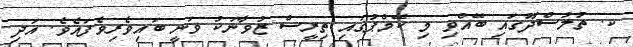
ކ. ތުލުސްދޫގައި ބޭއްވި މި ކޭމްޕުގައި ތިރީސް ޒުވާނަކު ވަނީ ބައިވެރިވެފައެވެ. އަދި